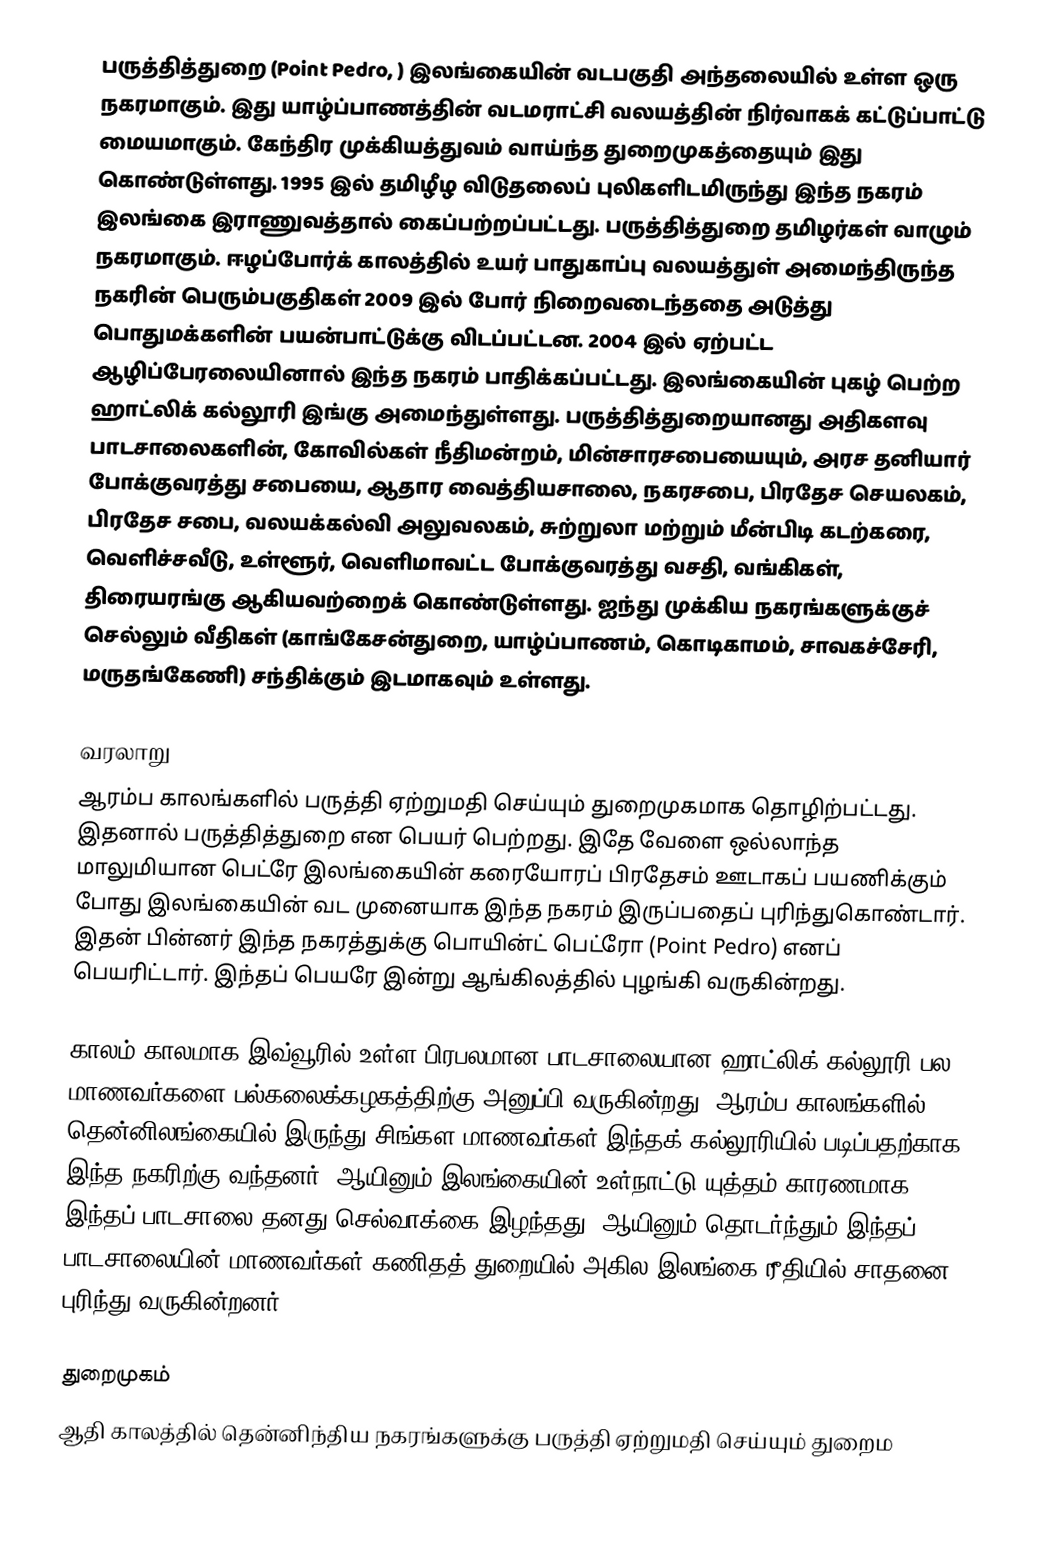
பருத்தித்துறை (Point Pedro, ) இலங்கையின் வடபகுதி அந்தலையில் உள்ள ஒரு நகரமாகும். இது யாழ்ப்பாணத்தின் வடமராட்சி வலயத்தின் நிர்வாகக் கட்டுப்பாட்டு மையமாகும். கேந்திர முக்கியத்துவம் வாய்ந்த துறைமுகத்தையும் இது கொண்டுள்ளது. 1995 இல் தமிழீழ விடுதலைப் புலிகளிடமிருந்து இந்த நகரம் இலங்கை இராணுவத்தால் கைப்பற்றப்பட்டது. பருத்தித்துறை தமிழர்கள் வாழும் நகரமாகும். ஈழப்போர்க் காலத்தில் உயர் பாதுகாப்பு வலயத்துள் அமைந்திருந்த நகரின் பெரும்பகுதிகள் 2009 இல் போர் நிறைவடைந்ததை அடுத்து பொதுமக்களின் பயன்பாட்டுக்கு விடப்பட்டன. 2004 இல் ஏற்பட்ட ஆழிப்பேரலையினால் இந்த நகரம் பாதிக்கப்பட்டது. இலங்கையின் புகழ் பெற்ற ஹாட்லிக் கல்லூரி இங்கு அமைந்துள்ளது. பருத்தித்துறையானது அதிகளவு பாடசாலைகளின், கோவில்கள் நீதிமன்றம், மின்சாரசபையையும், அரச தனியார் போக்குவரத்து சபையை, ஆதார வைத்தியசாலை, நகரசபை, பிரதேச செயலகம், பிரதேச சபை, வலயக்கல்வி அலுவலகம், சுற்றுலா மற்றும் மீன்பிடி கடற்கரை, வெளிச்சவீடு, உள்ளூர், வெளிமாவட்ட போக்குவரத்து வசதி, வங்கிகள், திரையரங்கு ஆகியவற்றைக் கொண்டுள்ளது. ஐந்து முக்கிய நகரங்களுக்குச் செல்லும் வீதிகள் (காங்கேசன்துறை, யாழ்ப்பாணம், கொடிகாமம், சாவகச்சேரி, மருதங்கேணி) சந்திக்கும் இடமாகவும் உள்ளது.

வரலாறு
ஆரம்ப காலங்களில் பருத்தி ஏற்றுமதி செய்யும் துறைமுகமாக தொழிற்பட்டது. இதனால் பருத்தித்துறை என பெயர் பெற்றது. இதே வேளை ஒல்லாந்த மாலுமியான பெட்ரே இலங்கையின் கரையோரப் பிரதேசம் ஊடாகப் பயணிக்கும் போது இலங்கையின் வட முனையாக இந்த நகரம் இருப்பதைப் புரிந்துகொண்டார். இதன் பின்னர் இந்த நகரத்துக்கு பொயின்ட் பெட்ரோ (Point Pedro) எனப் பெயரிட்டார். இந்தப் பெயரே இன்று ஆங்கிலத்தில் புழங்கி வருகின்றது.

காலம் காலமாக இவ்வூரில் உள்ள பிரபலமான பாடசாலையான ஹாட்லிக் கல்லூரி பல மாணவர்களை பல்கலைக்கழகத்திற்கு அனுப்பி வருகின்றது. ஆரம்ப காலங்களில் தென்னிலங்கையில் இருந்து சிங்கள மாணவர்கள் இந்தக் கல்லூரியில் படிப்பதற்காக இந்த நகரிற்கு வந்தனர். ஆயினும் இலங்கையின் உள்நாட்டு யுத்தம் காரணமாக இந்தப் பாடசாலை தனது செல்வாக்கை இழந்தது. ஆயினும் தொடர்ந்தும் இந்தப் பாடசாலையின் மாணவர்கள் கணிதத் துறையில் அகில இலங்கை ரீதியில் சாதனை புரிந்து வருகின்றனர்.

துறைமுகம்
ஆதி காலத்தில் தென்னிந்திய நகரங்களுக்கு பருத்தி ஏற்றுமதி செய்யும் துறைம